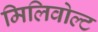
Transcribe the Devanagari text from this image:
मिलिवोल्ट